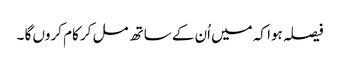
فیصلہ ہوا کہ میں اُن کے ساتھ مل کر کام کروں گا ۔